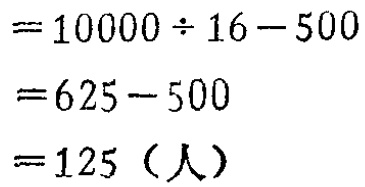
\[
\begin{align*}
&=10000\div16 - 500\\
&=625 - 500\\
&=125 \text{（人）}
\end{align*}
\]